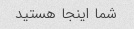
شما اینجا هستید